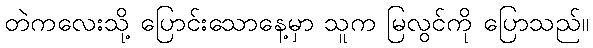
တဲကလေးသို့ ပြောင်းသောနေ့မှာ သူက မြလွင်ကို ပြောသည်။